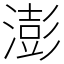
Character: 澎